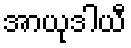
အာယုဒါယီ